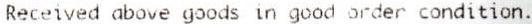
RECEIVED ABOVE GOODS IN GOOD ORDER CONDITION.